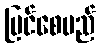
မြင်စေမည်